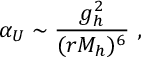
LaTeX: \alpha _ { U } \sim { \frac { g _ { h } ^ { 2 } } { ( r M _ { h } ) ^ { 6 } } } \ ,